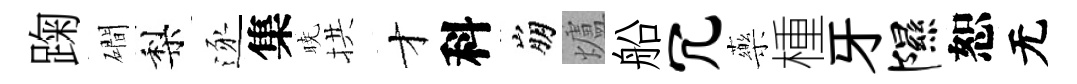
踘磵梨逐集暁拱才科崩爐船冗藥㮔牙隰恕无